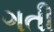
ગતી